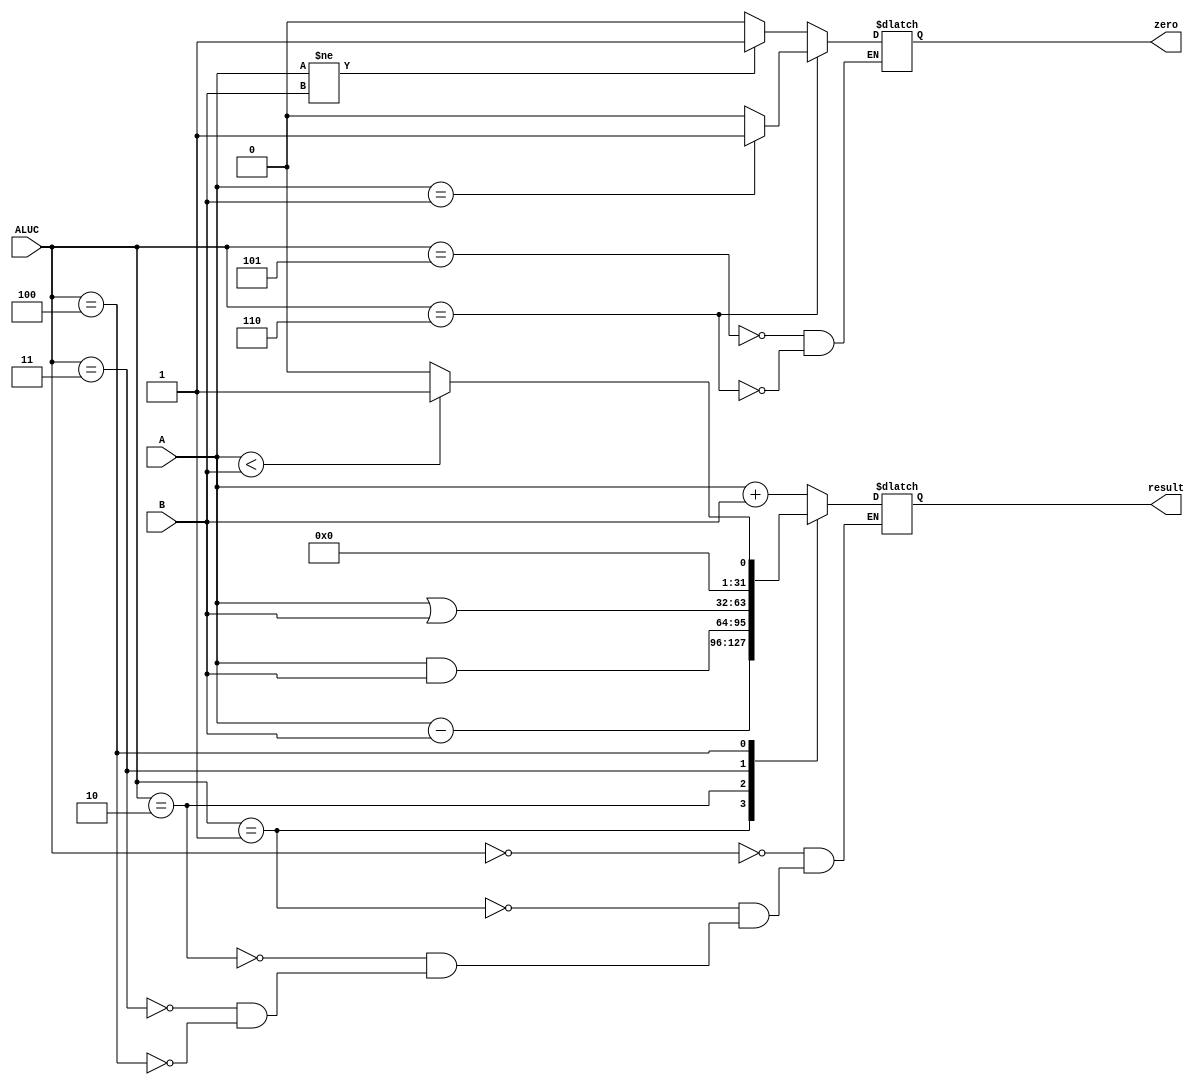
module ALU(A, B, ALUC, zero, result);
	input signed [31:0] A, B;
	input[3:0] ALUC;
	output reg zero;
	output reg [31:0] result;

	initial begin
		result = 0;
	end

	always @(A, B, ALUC) begin
		case(ALUC)
			4'b0000:begin
				result = A + B;
				// $display("ALU add A is %b B is %b result is %b",A,B,result);
			end
			4'b0001:begin
				result = A - B;
			end
			4'b0010:begin
				result = A & B;
			end
			4'b0011:begin
				result = A | B;
			end
			4'b0100:begin
				if (A < B) begin
					result = 1;
				end
				else begin
					result = 0;
				end
			end
			4'b0101:begin
				if (A!=B) begin
					zero=1;
					$display("zero==1");
				end
				else begin
					zero=0;
					$display("zero==0");
				end
			end
			4'b0110:begin
				if (A==B) begin
					zero=1;
				end
				else begin
					zero=0;
				end
			end
		endcase
	end
endmodule